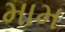
મામ